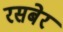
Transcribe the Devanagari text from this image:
रसबेर